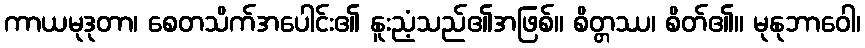
ကာယမုဒုတာ၊ စေတသိက်အပေါင်း၏ နူးညံ့သည်၏အဖြစ်။ စိတ္တဿ၊ စိတ်၏။ မုနုဘာဝေါ၊